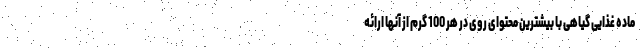
ماده غذایی گیاهی با بیشترین محتوای روی در هر 100 گرم از آنها ارائه